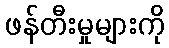
ဖန်တီးမှုများကို